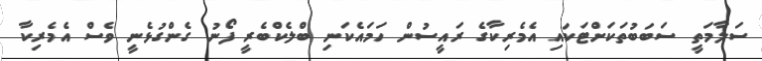
ސަލާމަތީ ސަބަބުތަކަށްޓަކައި އެމެރިކާގެ ރައީސުން ހަމައެކަނި ބްލެކްބެރީ ފޯނު ގެންގުޅެނީ ވެސް އެމެރިކާ